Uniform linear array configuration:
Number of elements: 4
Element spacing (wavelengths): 0.75
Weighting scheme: hamming
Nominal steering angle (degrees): -15
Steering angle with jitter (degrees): -14.003
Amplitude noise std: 0.05
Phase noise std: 0.05

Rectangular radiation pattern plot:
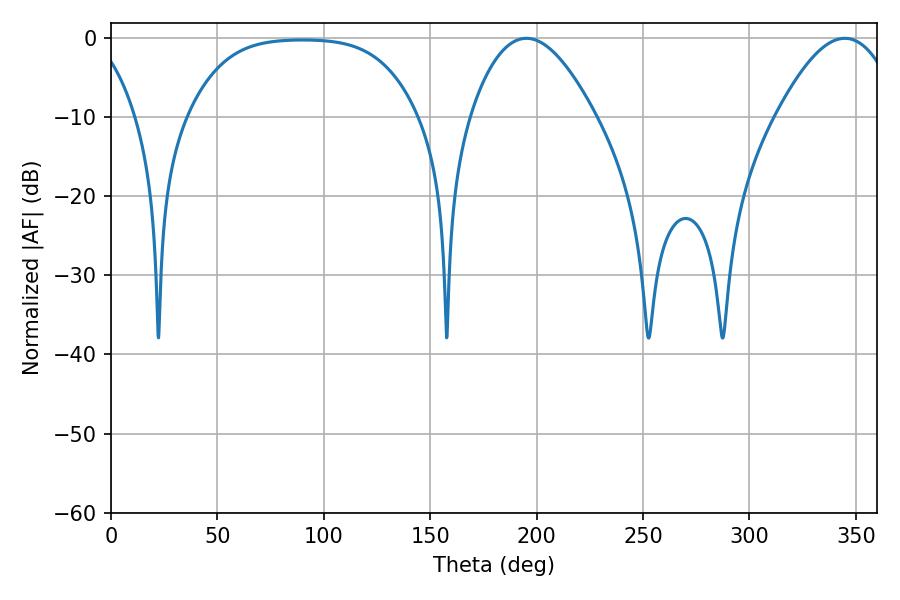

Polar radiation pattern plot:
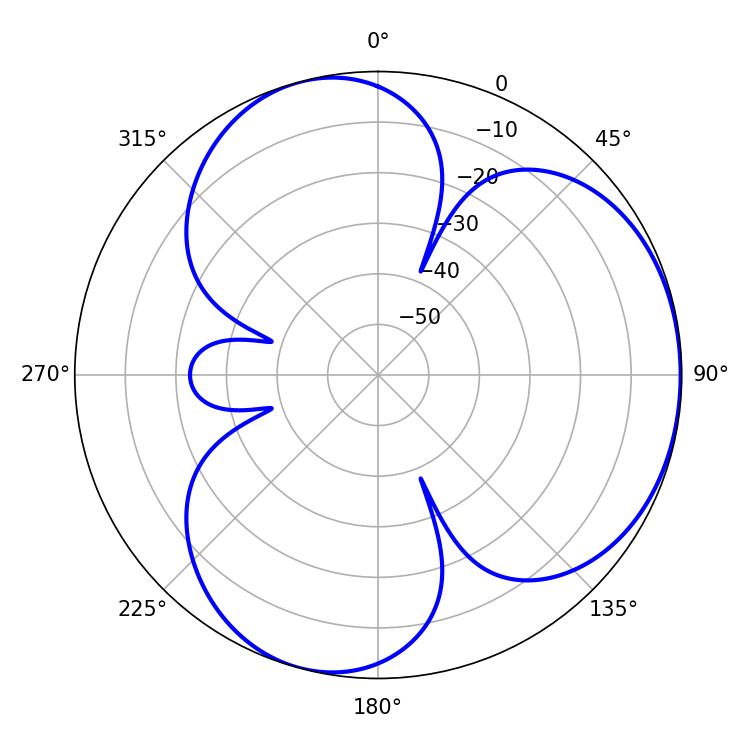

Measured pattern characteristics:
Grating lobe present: TRUE
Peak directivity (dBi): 4.117
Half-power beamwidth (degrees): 32.22
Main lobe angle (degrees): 195.12